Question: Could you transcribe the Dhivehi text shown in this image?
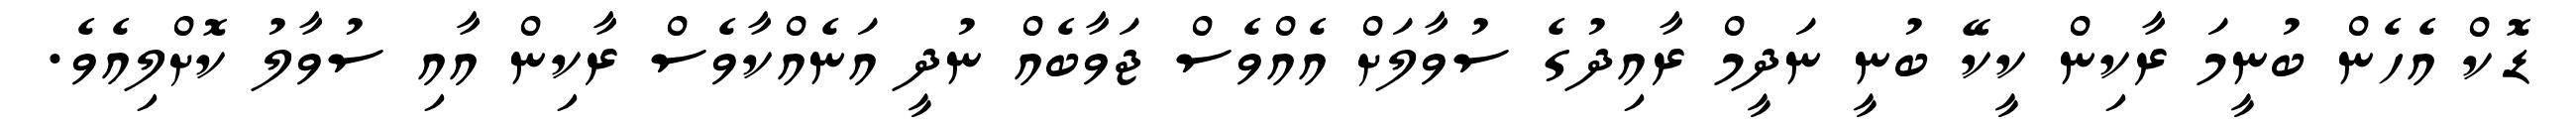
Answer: ޑޮކް އެހެން ބުނީމަ ރާކިން ކީކޭ ބުނީ ނަދީމް ރާއިދުގެ ސުވާލަށް އެއްވެސް ޖަވާބެއް ނުދީ އަނެއްކާވެސް ރާކިން އާއި ސުވާލު ކޮށްލިއެވެ.